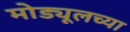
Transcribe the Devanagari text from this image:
मोड्यूलच्या